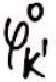
\(\varphi_{k'}^{0}\)